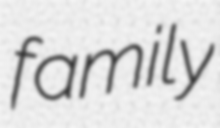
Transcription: family